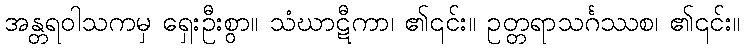
အန္တရဝါသကမှ ရှေးဦးစွာ။ သံဃာဋီကာ၊ ၏၎င်း။ ဥတ္တရာသင်္ဂဿစ၊ ၏၎င်း။